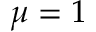
\mu = 1